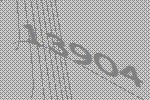
13904